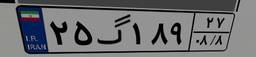
۲۵گ۱۸۹۲۷